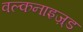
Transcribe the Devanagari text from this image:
वल्कनाइज़्ड